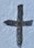
Text: +